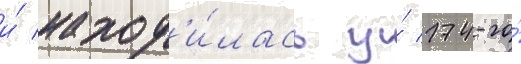
и́ наход'и́лась у́ 174-го́